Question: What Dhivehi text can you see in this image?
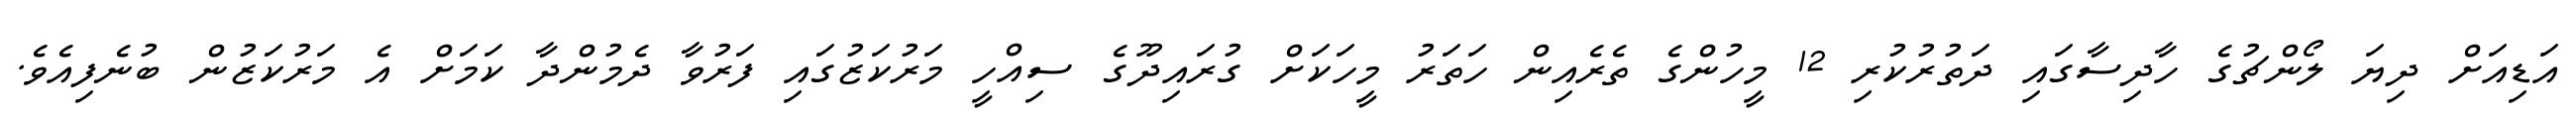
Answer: އަޑިއަށް ދިޔަ ލޯންޗުގެ ހާދިސާގައި ދަތުރުކުރި 12 މީހުންގެ ތެރެއިން ހަތަރު މީހަކަށް ގުރައިދޫގެ ސިއްހީ މަރުކަޒުގައި ފަރުވާ ދެމުންދާ ކަމަށް އެ މަރުކަޒުން ބުނެފިއެވެ.